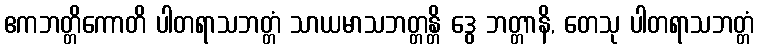
ဧကဘတ္တိကောတိ ပါတရာသဘတ္တံ သာယမာသဘတ္တန္တိ ဒွေ ဘတ္တာနိ, တေသု ပါတရာသဘတ္တံ